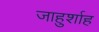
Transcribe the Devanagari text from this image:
जाहुर्शाह